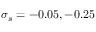
\sigma _ { s } = - 0 . 0 5 , - 0 . 2 5